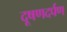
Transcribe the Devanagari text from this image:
दूषणदर्पण